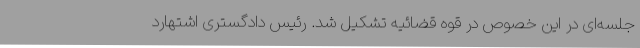
جلسه‌ای در این خصوص در قوه قضائیه تشکیل شد. رئیس دادگستری اشتهارد